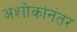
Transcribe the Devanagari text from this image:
अशोकांनंतर